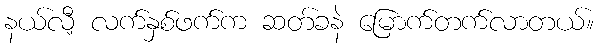
နယ်လီ့ လက်နှစ်ဖက်က ဆတ်ခနဲ မြောက်တက်လာတယ်။